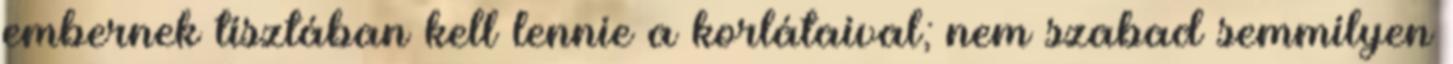
embernek tisztában kell lennie a korlátaival; nem szabad semmilyen